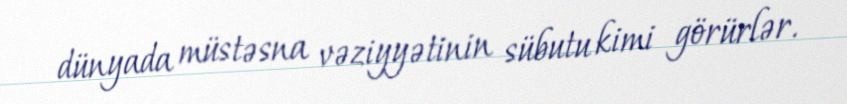
dünyada müstəsna vəziyyətinin sübutu kimi görürlər.